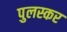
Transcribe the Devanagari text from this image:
पुलस्कर